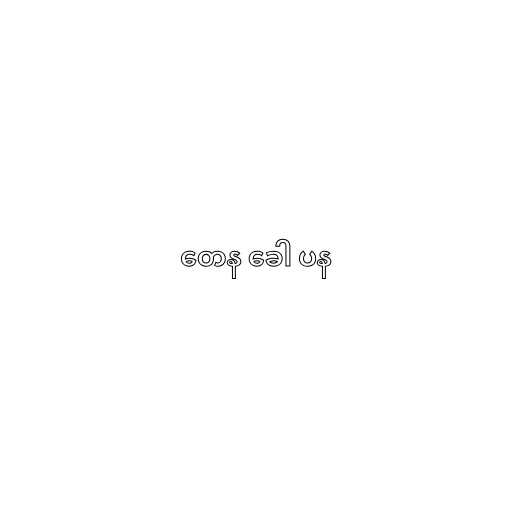
တေန ခေါ ပန